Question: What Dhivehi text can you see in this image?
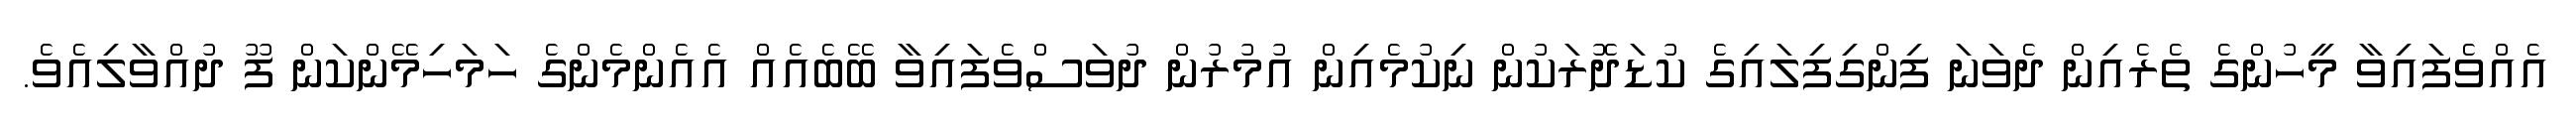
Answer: އެއްވެފައިވާ މީހުންގެ ތެރެއިން ދެވަނަ ފިންގިފިލައިގެ ކުޑަދޮރަކުން ނިކުމެއިން އުމުރުން ދުވަސްވެފައިވާ ބޭބެއެއް އެއެންމެންގެ ހަމަހިމޭންކަން ފޫ ދުއްވާލިއެވެ.